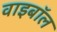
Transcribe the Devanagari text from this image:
वाइबॉल